Civil Veterinary Dept. Bombay admin report 1893-99 - 1893-1899
Year: 1893
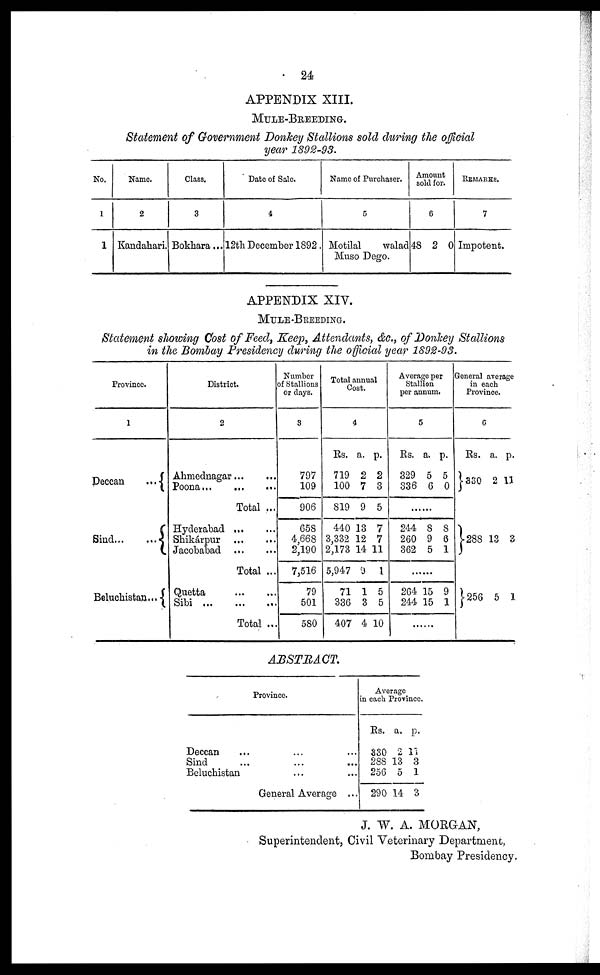
24
APPENDIX XIII.
MULE-BREEDING.
Statement of Government Donkey Stallions sold during the official
year 1892-93.
No.
1
1
Name.
2
Kandahari.
Class.
3
Bokhara...
Date of Sale.
4
12th December 1892.
Name of Purchaser.
5
Motilal
walad
Muso Dego.
Amount
sold for.
6
48 2 0
REMARKS.
7
Impotent.
APPENDIX XIV.
MULE-BREEDING.
Statement showing Cost of Feed, Keep, Attendants, &c., of Donkey Stallions
in the Bombay Presidency during the official year 1892-93.
Province.
1
Deccan
...
Sind...
...
Beluchistan...
District.
2
Ahmednagar...
...
Poona... ... ...
Total ...
Hyderabad
...
...
Shikárpur ...
...
Jacobabad
...
...
Total ...
Quetta
...
...
Sibi...
...
...
Total ...
Number
of Stallions
or days.
3
797
109
906
658
4,668
2,190
7,516
79
501
580
Total annual
Cost.
4
Rs.
719
100
819
440
3,332
2,173
5,947
71
336
407
a.
2
7
9
13
12
14
9
1
3
4
p.
2
3
5
7
7
11
1
5
5
10
Average per
Stallion
per annum.
5
Rs.
329
336
a.
5
6
p.
5
0
......
244
260
362
8
9
5
8
6
1
......
264
244
15
15
9
1
.....
General average
in each
Province.
6
Rs.
330
a.
2
p.
11
288 13 3
256 5 1
ABSTRACT.
Province.
Deccan ... ... ...
Sind ... ... ...
Beluchistan ... ...
General Average ...
Average
in each Province.
Rs.
330
288
256
290
a.
2
13
5
14
p.
11
3
1
3
J. W. A. MORGAN,
Superintendent, Civil Veterinary Department,
Bombay Presidency.